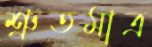
শ্রুতমাত্র